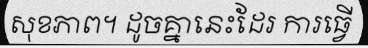
សុខភាព។ ដូចគ្នានេះដែរ ការធ្វើ